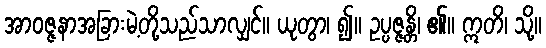
အာဝဇ္ဇနာအခြားမဲ့တို့သည်သာလျှင်။ ယုတွာ၊ ၍။ ဥပ္ပဇ္ဇန္တိ၊ ၏။ ဣတိ၊ သို့။